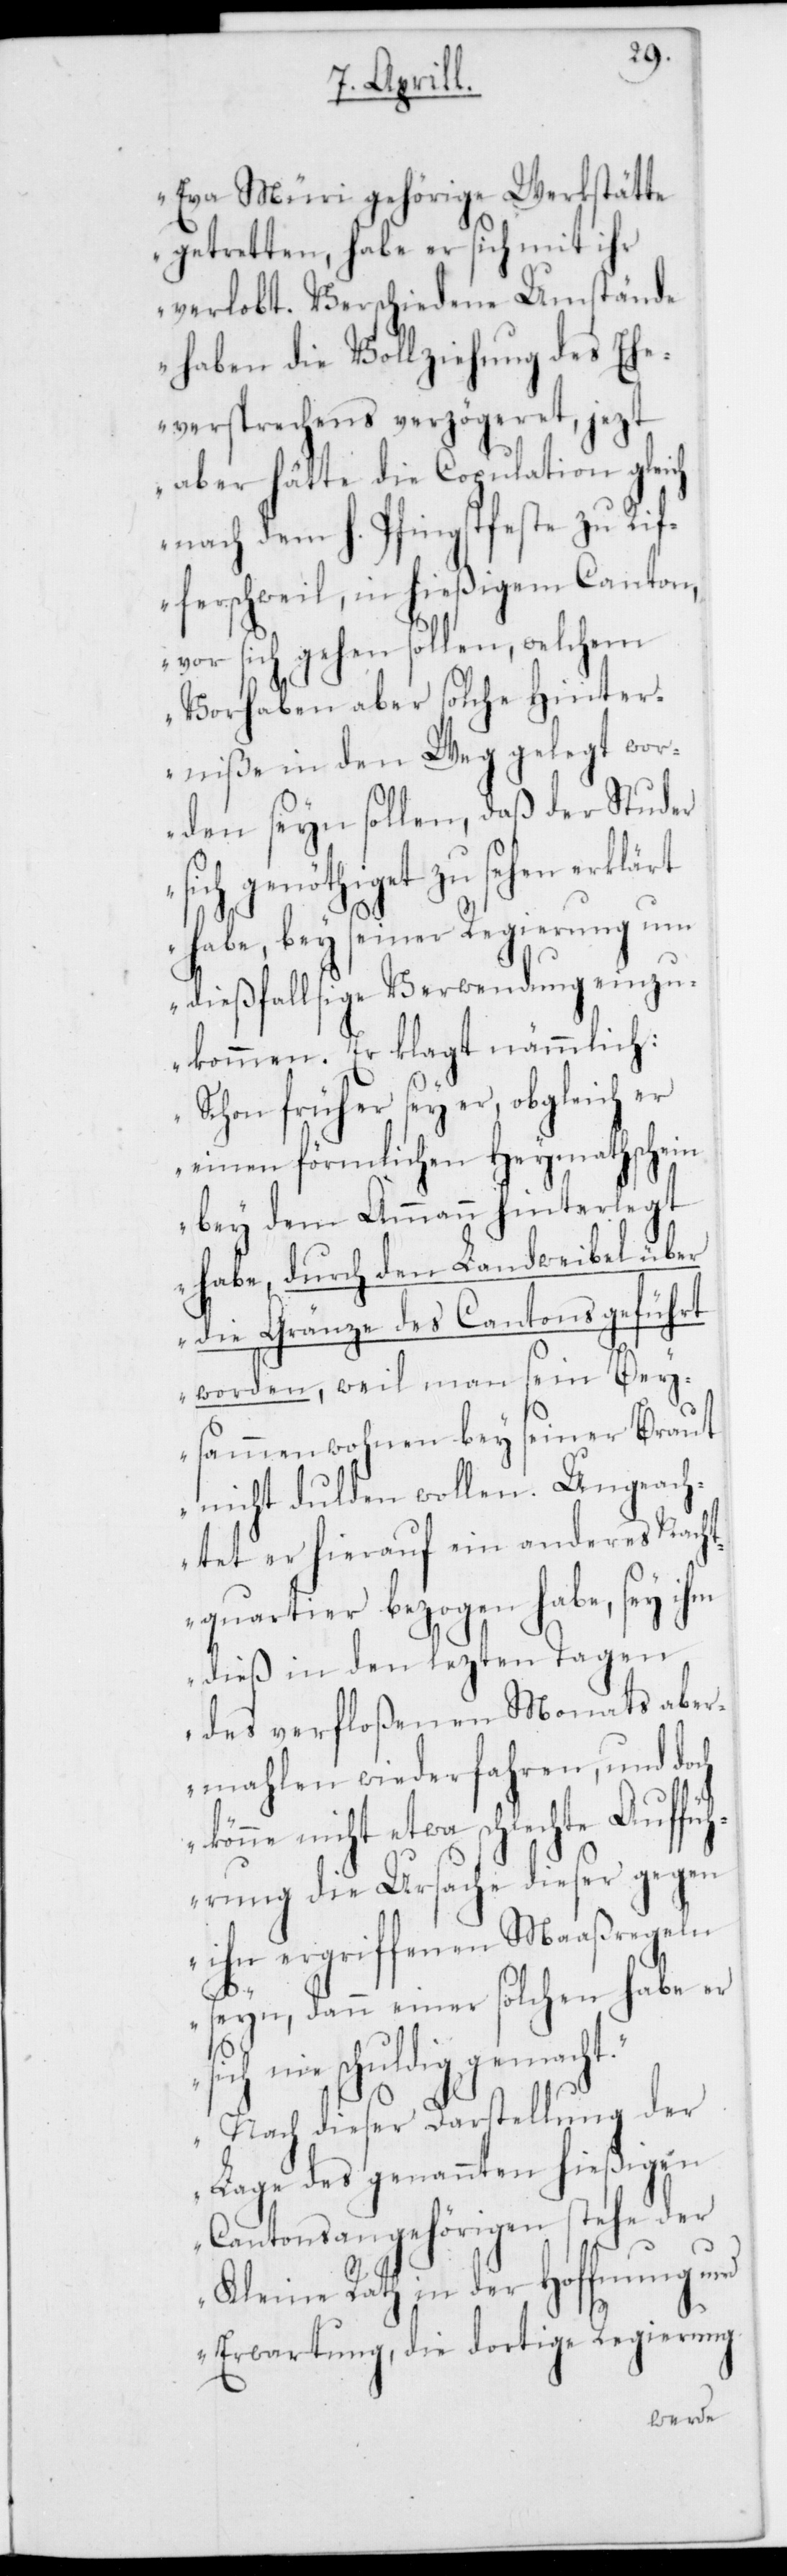
Eva Müri gehörige Werkstätte
getretten, habe er sich mit ihr
verlobt. Verschiedene Umstände
haben die Vollziehung des Ehe¬
versprechens verzögeret, jezt
aber hätte die Copulation gleich
nach dem h. Pfingstfeste zu Rif¬
ferschweil im hießigen Canton
vor sich gehen sollen, welchem
Vorhaben aber solche Hinter¬
niße in den Weg gelegt wor¬
den seyn sollen, daß der Studer
sich genöthiget zu sehen erklärt
habe, bey seiner Regierung um
dießfallsige Verwendung einzu¬
kommen. Er klagt nämmlich:
Schon früher sey er, obgleich er
einen förmlichen Heymathschein
bey dem Ammann hinterlegt
habe, durch den Landweibel über
die Gränze des Cantons geführt
worden, weil man sein Bey¬
sammenwohnen bey seiner Braut
nicht dulden wollen. Ungeach¬
tet er hierauf ein anderes Nacht¬
quartier bezogen habe, sey ihm
dieß in den lezten Tagen
des verfloßenen Monats aber¬
mahlen wiederfahren, und doch
könne nicht etwa schlechte Auffüh¬
rung die Ursache dieser gegen
ihn ergriffenen Maaßregeln
seyn, dann einer solchen habe er
nie schuldig gemacht.“
„Nach dieser Darstellung der
Lage des genannten hießigen
Cantonsangehörigen stehe der
Kleine Rath in der Hoffnung und
Erwartung, die dortige Regierung